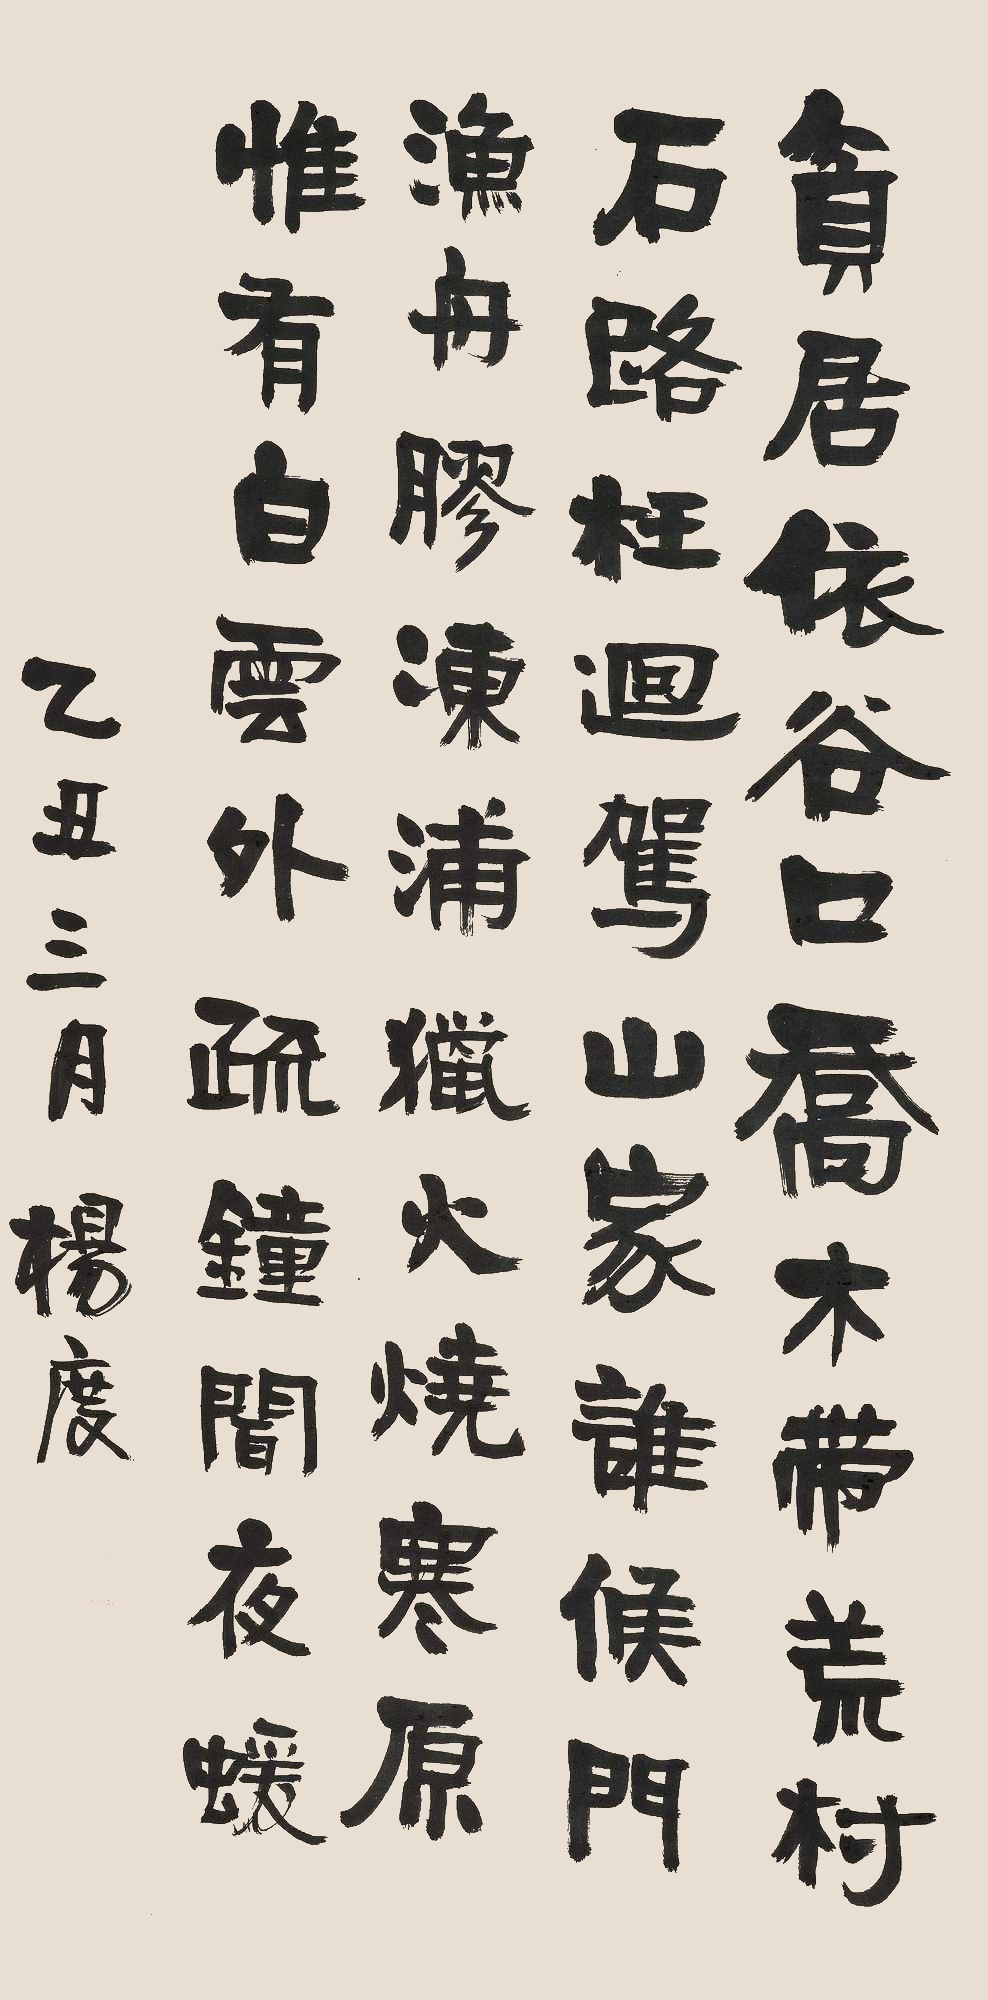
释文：贫居依谷口，乔木带荒村。石路枉回驾，山家谁候门。渔舟胶冻浦，猎火烧寒原。惟有白云外，疏钟闻夜猿乙丑三月。杨度。